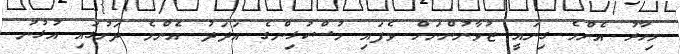
މިހާރު އެންމެ ގިނައީ ޒުވާނުންނަށް ވެފައި މުސްކުޅިންގެ އަދަދު އެންމެ ދަށުގައި އުޅުނު